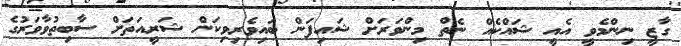
ގާޒީ ނިންމެވީ އެއީ ޝައްކެއް ނެތް މިންވަރަށް ޝައިފަން ބައިވެރިވިކަން ޝަރީއަތަށް ސާބިތުވާވަރުގެ